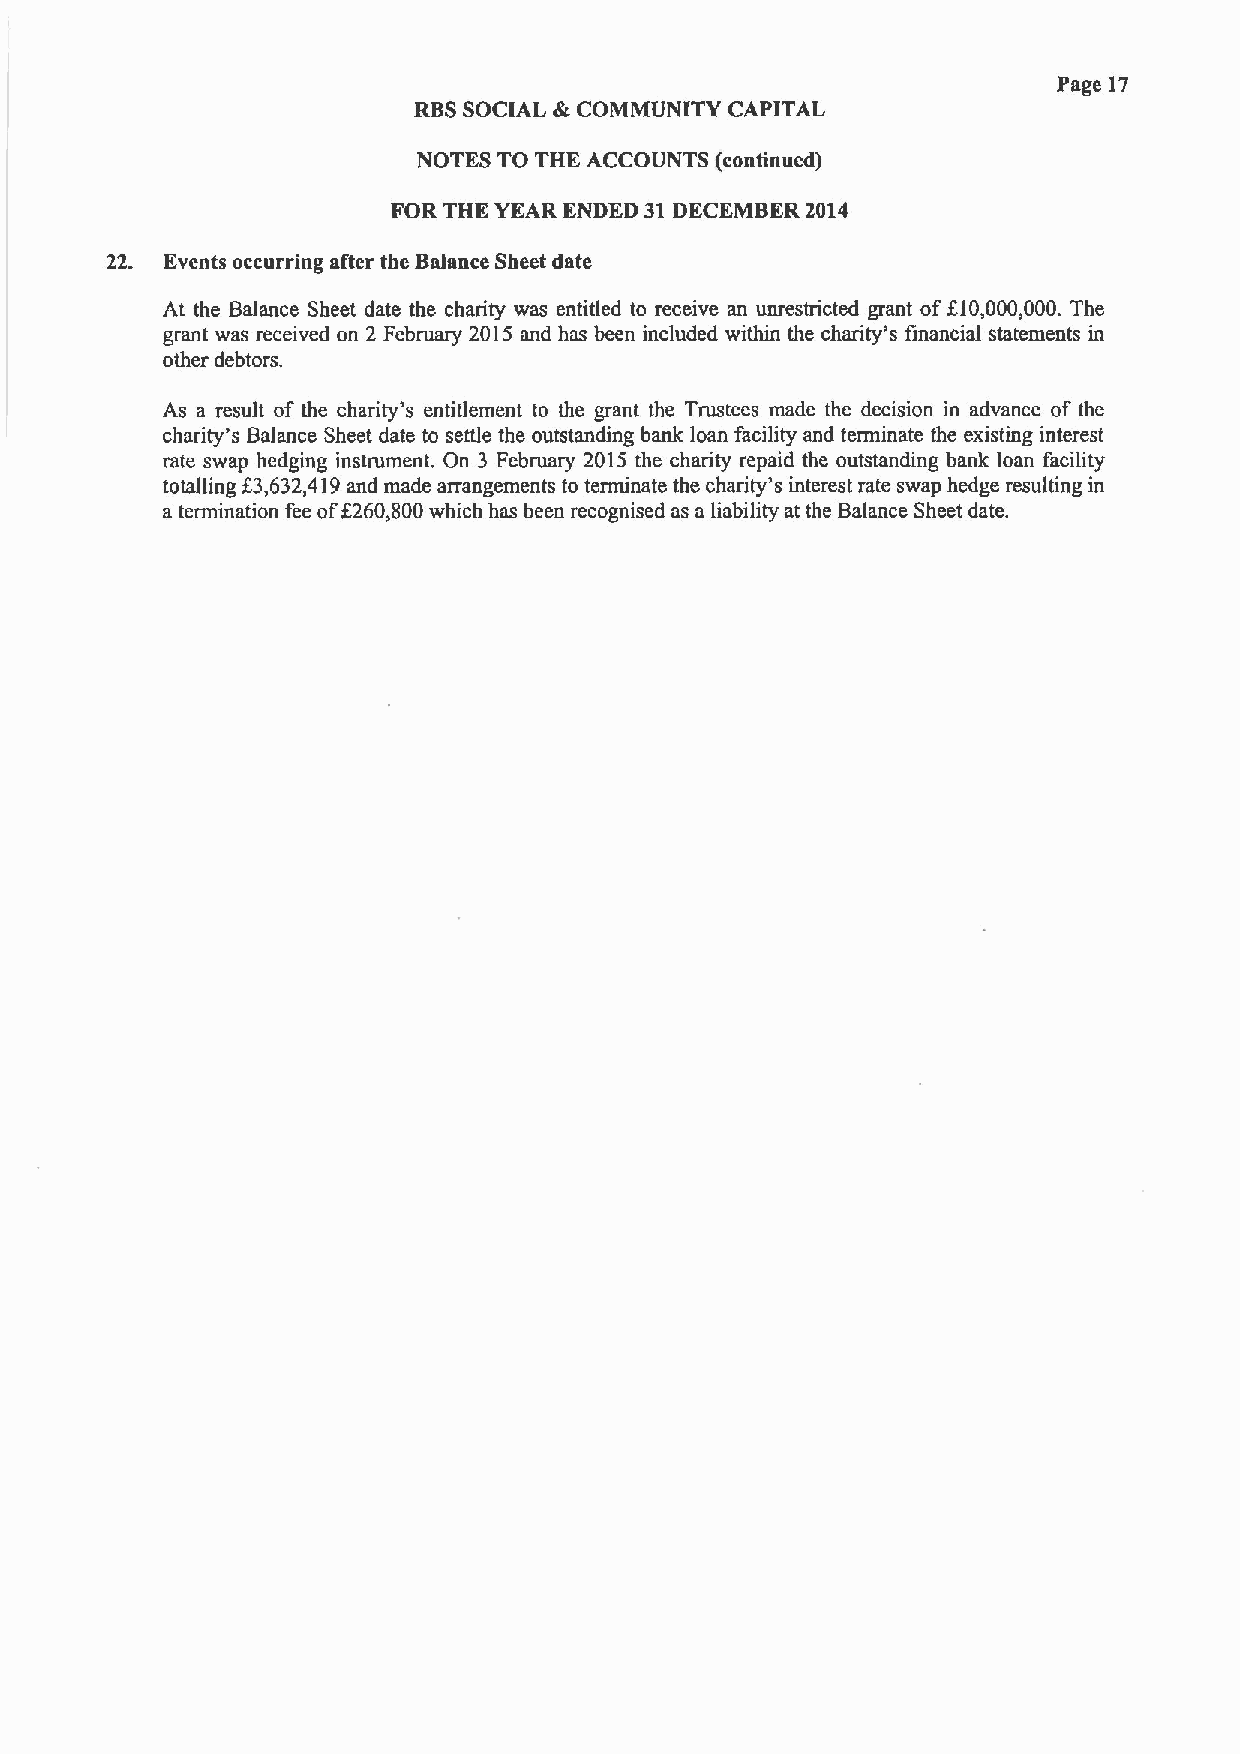
Page 17
 RBSSOCIAL &COMMUNITY CAPITAL
 NOTES TO THE ACCOUNTS (continued)
 FOR THE YEAR ENDED 31DECEMBER 2014
 22. Events occurring after the Balance Sheet date
 At the Balance Sheet date the charity was entitled to receive an unrestricted grant off.l0,000,000. The
 grant was received on 2 February 2015 and has been included within the charity's financial statements in
 other debtors.
 As a result of the charity's entitlement to the grant the Trustees made the decision in advance of the
 charity's Balance Sheet date to settle the outstanding bank loan facility and terminate the existing interest
 rate swap hedging instrument. On 3 February 2015 the charity repaid the outstanding bank loan facility
 totalling g3,632,419and made arrangements to terminate the charity's interest rate swap hedge resulting in
 a termination fee off260,800which has been recognised as a liability at the Balance Sheet date.